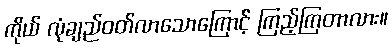
ကိုယ် လုံချည်ဝတ်လာသောကြောင့် ကြည့်ကြတာလား။